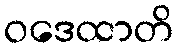
ဝဒေထာတိ